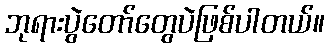
ဘုရားပွဲတော်တွေပဲဖြစ်ပါတယ်။